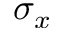
\sigma _ { x }